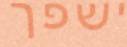
ישפך